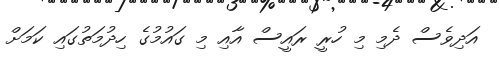
އަދިވެސް ދެމި މި ހުރީ ރައީސް އާއި މި ގައުމުގެ ހިދުމަތުގައި ކަމަށް